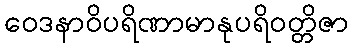
ဝေဒနာဝိပရိဏာမာနုပရိဝတ္တိဇာ